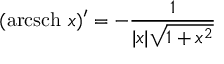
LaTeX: ( \operatorname { a r c s c h } \, x ) ^ { \prime } = - { \frac { 1 } { | x | { \sqrt { 1 + x ^ { 2 } } } } }